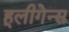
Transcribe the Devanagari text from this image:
हूलीगेन्स